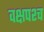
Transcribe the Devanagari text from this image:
वक्षपश्च